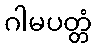
ဂါမပတ္တံ